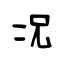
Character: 况